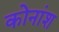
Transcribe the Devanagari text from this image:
कोनांश